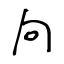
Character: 向